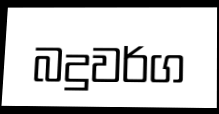
බදුවර්ග